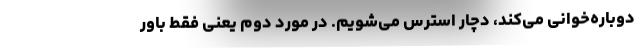
دوباره‌خوانی می‌کند، دچار استرس می‌شویم. در مورد دوم یعنی فقط باور